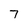
Character: 7